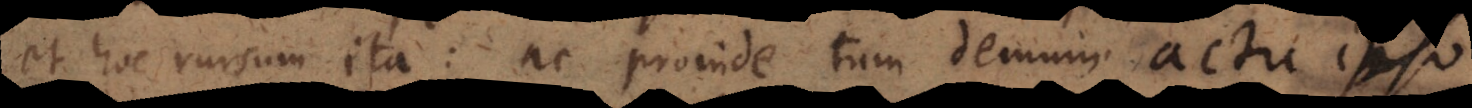
et hoc rursum ita: ac proinde tum demum actu ipso